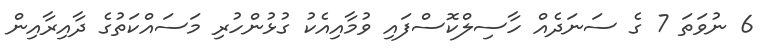
6 ނުވަތަ 7 ގެ ސަނަދެއް ހާސިލްކޮސްފައި ވުމާއިއެކު ގުޅުންހުރި މަސައްކަތުގެ ދާއިރާއިން